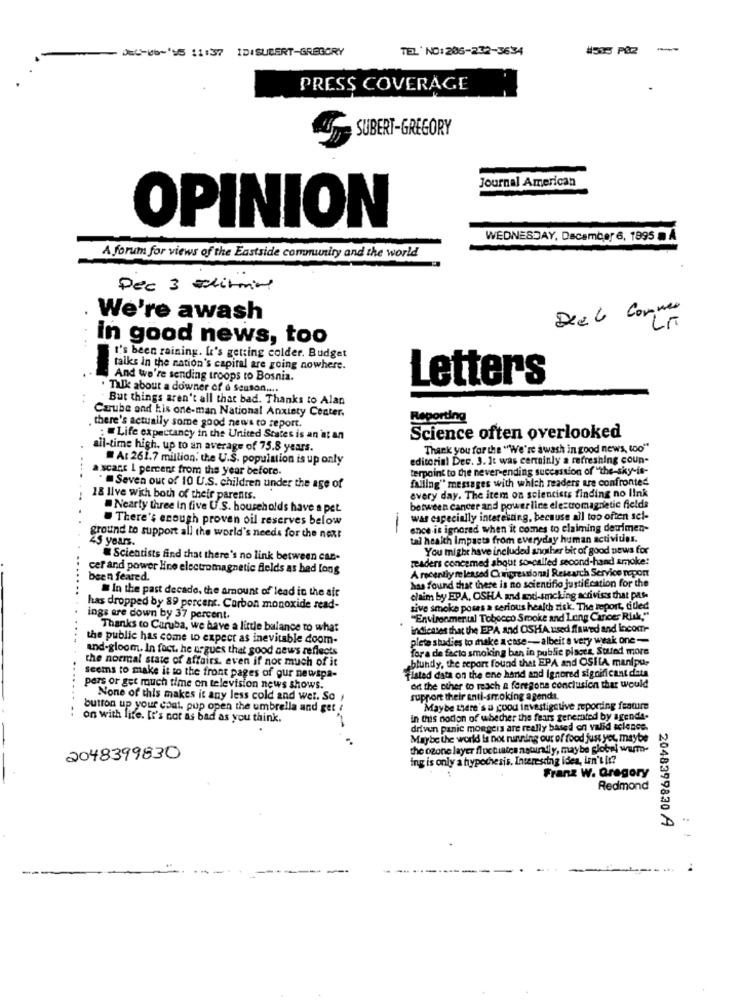
-- 'S 11:37 IDISUBERT-GREGORY
TEL' NO:206-232-3634
#535 PAZ
-
PRESS COVERAGE
SUBERT-GREGORY
Journal American
OPINION
WEDNESDAY, December 6, 1995 m A
A forum for views of the Eastside community and the world
Pec 3 Editorial
Deel Corner
We're awash
in good news, too
I's been raining. It's getting colder. Budget
talks in the nation's capital are going nowhere.
And we're sending troops to Bosnia.
Letters
Talk about a downer of a Season ....
But things aren't all that bad. Thanks to Alan
Carube and his one-man National Anxiety Center.
Reporting
there's actually some good news to report.
: Life expectancy in the United States is an at an
Science often overlooked
all-time high, up to an average of 75.8 years.
Thank you for the "We're awash in good news, too""
At 261.7 million, the U.S. population is up only
editorial Dec. 3. It was certainly a refreshing coun-
a scant 1 percent from the year before.
terpoint to the never-ending succession of "the-sky-is-
falling" messages with which readers are confronted
" Seven out of 10 U.S. children under the age of
18 live wich both of their parents.
every day. The item on scientists finding no link
Nearly three in five U.S. households have a pet.
between cancer and powerline electromagnetic fields
. There's enough proven oil reserves below
war especially interesting, because all too often sel-
ence is ignored when it comes to claiming devrimen-
ground to support all the world's needs for the next
45 years.
-
tal health Impacts from everyday human activities.
You might have included angiber bit of good news for
Scientists find that there's no link between can-
readers concemed about so-called second-hand smoke:
cer and power Hine electromagnetic fields as hed long
A recently released Congressional Research Service report
been feared.
has found that there is no scientifio justification for the
In the past decade, the amount of lead in the air
claim by EPA, OSHA and and-smcking activists that pas-
has dropped by 89 percent. Carbon monoxide read-
sive smoke poses a serious health zisk. The report, titled
ings are down by 37 percent.
"Environmental Tobecco Smoke and Lung Cancer Risk,"
Thanks to Caruba, we have a little balance to what
indicates that the EPA and OSHA used ffawed and incom-
...
the public has come to expect as inevitable doom-
plete studies to make a case-albeit a very weak one -
and-gloom. In fact. he argues that good news reflects
for a de facto smoking ban in public pisces Stated more
the normal state of affairs, even if not much of it
blundy, the report found that EPA and OSILA manipu-
seems to make it to the front pages of our newspa-
flated data on the ene hand and Ignored significant data
pers or get much time on television news shows.
od the other to reach a foregone conclusion that would
None of this makes it any less cold and wer. So ,
support their anti-smoking a gendt.
button up your coat. pup open the umbrella and get ?
Maybe there's a good investigative reporting feature
: on with lite. It's not as bad as you think.
in this notion of whether the fears genemted by agenda-
driven panic mongers are really based on valid science.
Maybe the world is not running out of food just yet maybe
the ozone layer fluctuates naturally, may be global warm-
2048399830
ing is only a hypothesis. Interesting idea, imn't it?
Franz W. Gregory
Redmond
2048399830 /A